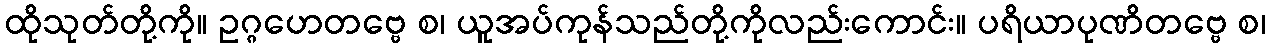
ထိုသုတ်တို့ကို။ ဥဂ္ဂဟေတဗ္ဗေ စ၊ ယူအပ်ကုန်သည်တို့ကိုလည်းကောင်း။ ပရိယာပုဏိတဗ္ဗေ စ၊